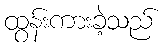
ထွန်းကားခဲ့သည်